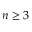
n \geq 3